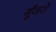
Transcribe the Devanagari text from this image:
गूँजरो